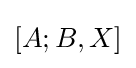
[A;B,X]\,\!